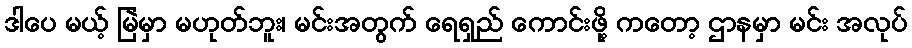
ဒါပေ မယ့် မြဲမှာ မဟုတ်ဘူး၊ မင်းအတွက် ရေရှည် ကောင်းဖို့ ကတော့ ဌာနမှာ မင်း အလုပ်